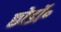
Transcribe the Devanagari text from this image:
छोडॉ॰